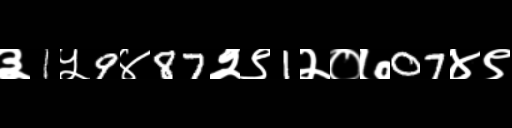
Text: ३1५9४87२९1२०७07४९